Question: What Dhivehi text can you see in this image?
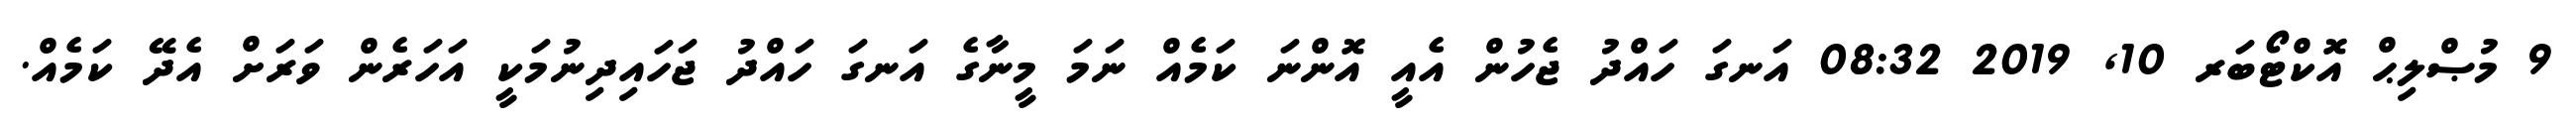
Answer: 9 މުޞްލިޙް އޮކްޓޯބަރ 10, 2019 08:32 އަނގަ ހައްދު ޖެހުން އެއީ އޮންނަ ކަމެއް ނަމަ މީނާގެ އަނގަ ހައްދު ޖަހައިދިނުމަކީ އަހަރެން ވަރަށް އެދޭ ކަމެއް.